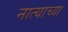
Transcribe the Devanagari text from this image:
नात्याच्या